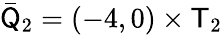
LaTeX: \bar{\mathsf Q}_{2}=(-4,0)\times\mathsf T_{2}